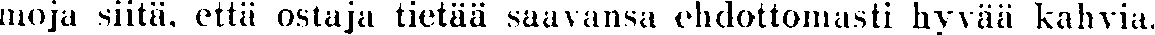
moja siitä, että ostaja tietää saavansa ehdottomasti hyvää kahvia.